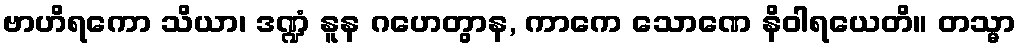
ဗာဟိရကော သိယာ၊ ဒဏ္ဍံ နူန ဂဟေတွာန, ကာကေ သောဏေ နိဝါရယေတိ။ တသ္မာ